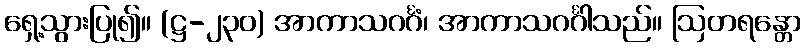
ရှေ့သွားပြု၍။ (ဋ္ဌ-၂၃၀) အာကာသဂင်္ဂံ၊ အာကာသဂင်္ဂါသည်။ ဩတရန္တော